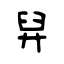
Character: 舁